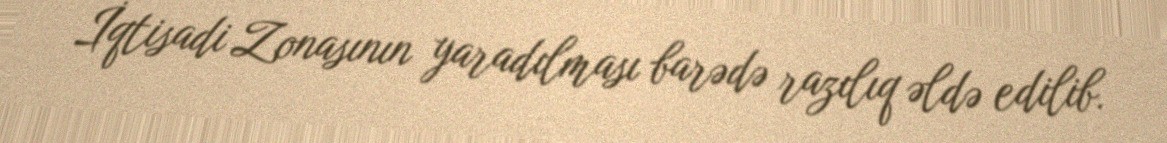
İqtisadi Zonasının yaradılması barədə razılıq əldə edilib.